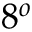
8 ^ { o }